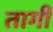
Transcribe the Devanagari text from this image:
तार्गी